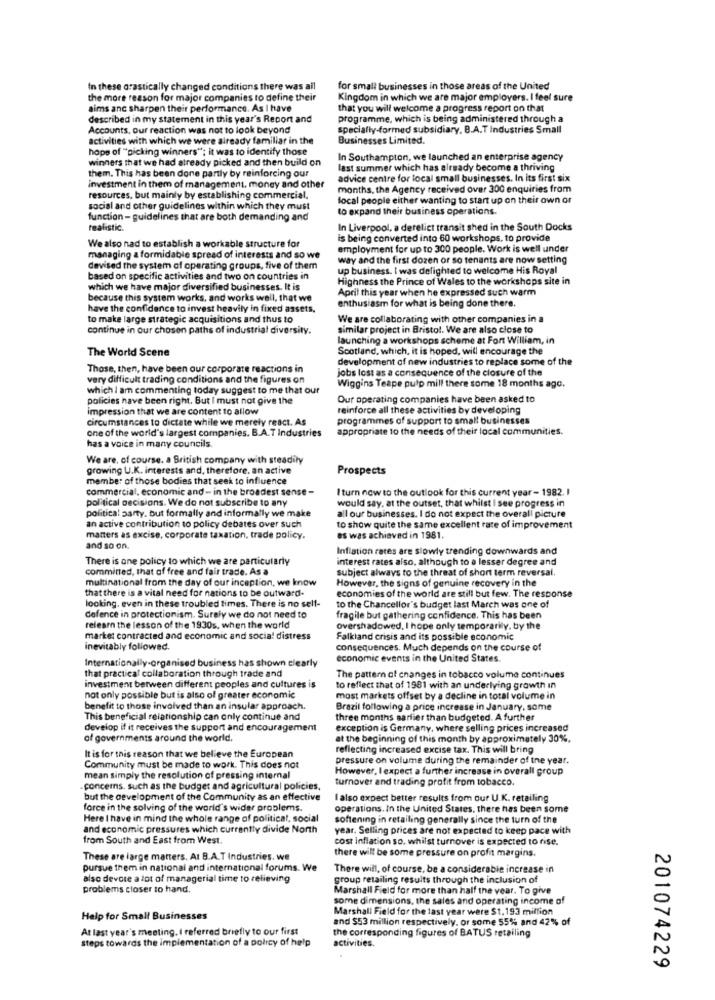
In these drastically changed conditions there was all
for small businesses in those areas of the United
the more reason for major companies to define their
Kingdom in which we are major employers. I feel sure
aims anc sharpen their performance. As I have
that you will welcome a progress report on that
described in my statement in this year's Report and
programme, which is being administered through a
Accounts, our reaction was not to look beyond
specially-formed subsidiary. B.A.T Industries Small
activities with which we were already familiar in the
Businesses Limited.
hope of "picking winners"; it was to identify those
winners that we had already picked and then build on
In Southampton, we launched an enterprise agency
them. This has been done partly by reinforcing our
last summer which has already become a thriving
advice centre for local small businesses. In its first six
investment in them of management, money and other
months, the Agency received over 300 enquiries from
resources, but mainly by establishing commercial.
local people either wanting to start up on their own or
social and other guidelines within which they must
to expand their business operations.
function - guidelines that are both demanding and
realistic.
In Liverpool, a derelict transit shed in the South Docks
We also nad to establish a workable structure for
is being converted into 60 workshops, to provide
employment for up to 300 people. Work is well under
managing a formidable spread of interests and so we
way and the first dozen or so tenants are now setting
devised the system of operating groups, five of them
up business. I was delighted to welcome His Royal
based on specific activities and two on countries in
Highness the Prince of Wales to the workshops site in
which we have major diversified businesses. It is
April this year when he expressed such warm
because this system works, and works well, that we
enthusiasm for what is being done there.
have the confidence to invest heavily in fixed assets,
to make large strategic acquisitions and thus to
We are collaborating with other companies in a
continue in our chosen paths of industrial diversity.
similar project in Bristol. We are also close to
launching a workshops scheme at Fort William, in
The World Scene
Scotland, which, it is hoped, will encourage the
development of new industries to replace some of the
Those, then, have been our corporate reactions in
jobs lost as a consequence of the closure of the
very difficult trading conditions and the figures on
which I am commenting today suggest to me that our
Wiggins Teape pulp mill there some 18 months ago.
policies have been right. But I must not give the
Our operating companies have been asked to
impression that we are content to allow
reinforce all these activities by developing
circumstances to dictate while we merely react. As
programmes of support to small businesses
one of the world's largest companies. B.A.T Industries
appropriate to the needs of their local communities.
has a voice in many councils.
We are, of course, a British company with steadily
growing U.K. interests and, therefore, an active
Prospects
member of those bodies that seek to influence
commercial, economic and - in the broadest sense -
I turn now to the outlook for this current year - 1982. 1
political decisions. We do not subscribe to any
would say, at the outset, that whilst I see progress in
political party. but formally and informally we make
all our businesses. I do not expect the overall picture
an active contribution to policy debates over such
to show quite the same excellent rate of improvement
matters as excise, corporate taxation, trade policy.
es was achieved in 1981.
and so on
Inflation rates are slowly trending downwards and
There is one policy to which we are particularly
interest rates also, although to a lesser degree and
committed, that of free and fair trade. As a
subject always to the threat of short term reversal.
multinational from the day of our inception, we know
However, the signs of genuine recovery in the
that there is a vital need for nations to be outward.
looking. even in these troubled times. There is no self-
economies of the world are still but few. The response
to the Chancellor's budget last March was one of
defence in protectionism. Surely we do not need to
fragile but gathering confidence. This has been
releam the lesson of the 1930s, when the world
overshadowed, I hope only temporarily, by the
market contracted and economic and social distress
Falkland crisis and its possible economic
inevitably followed.
consequences. Much depends on the course of
Internationally-organised business has shown clearly
economic events in the United States.
that practical collaboration through trade and
The pattern of changes in tobacco volume continues
investment between different peoples and cultures is
to reflect that of 1981 with an underlying growth in
not only possible but is also of greater economic
most markets offset by a decline in total volume in
benefit to those involved than an insular approach.
Brazil following a price increase in January, some
This beneficial relationship can only continue and
three months earlier than budgeted. A further
develop if it receives the support and encouragement
exception is Germany, where selling prices increased
of governments around the world.
at the beginning of this month by approximately 30%,
reflecting increased excise tax. This will bring
It is for this reason that we believe the European
pressure on volume during the remainder of the year.
Community must be made to work. This does not
However, I expect a further increase in overall group
mean simply the resolution of pressing internal
turnover and trading profit from tobacco.
concerns. such as the budget and agricultural policies.
but the development of the Community as an effective
I also expect better results from our U.K. retailing
force in the solving of the world's wider problems.
operations. In the United States, there has been some
Here I have in mind the whole range of political, social
softening in retailing generally since the turn of the
and economic pressures which currently divide North
year. Selling prices are not expected to keep pace with
from South and East from West.
cost inflation so, whilst turnover is expected to rise.
there will be some pressure on profit margins.
These are large matters. At B.A.T Industries. we
pursue them in national and international forums. We
There will, of course, be a considerable increase in
also devore a lot of managerial time to relieving
group retailing results through the inclusion of
problems closer to hand.
Marshall Field for more than half the vear. To give
some dimensions, the sales and operating income of
Marshall Field for the last year were $1.193 million
Help for Small Businesses
and $53 million respectively. or some 55% and 42% of
At last year's meeting. I referred briefly to our first
the corresponding figures of BATUS retailing
steps towards the implementation of a policy of help
activities.
201074229